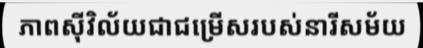
ភាពស៊ីវិល័យជាជម្រើសរបស់នារីសម័យ